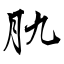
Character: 肍